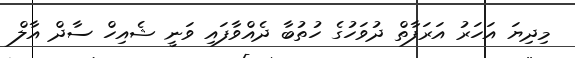
މިދިޔަ އަހަރު އަރަފާތް ދުވަހުގެ ހުތުބާ ދެއްވާފައި ވަނީ ޝެއިހް ސާދް އާލް